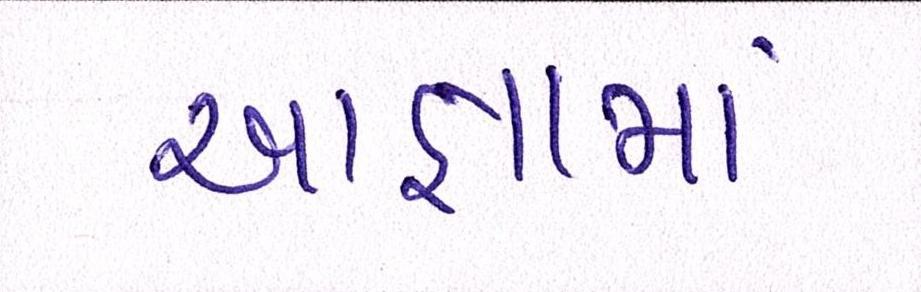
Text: આજ્ઞામાં